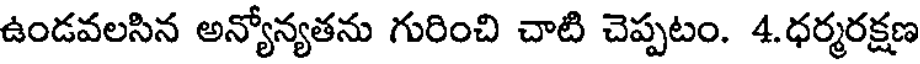
ఉండవలసిన అన్యోన్యతను గురించి చాటి చెప్పటం. 4.ధర్మరక్షణ